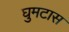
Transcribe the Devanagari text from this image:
घुमटास